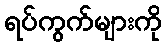
ရပ်ကွက်များကို